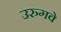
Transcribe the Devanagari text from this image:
उरुगवे